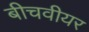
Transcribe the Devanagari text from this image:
बीचवीयर